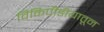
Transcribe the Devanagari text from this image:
विकिपीडीयातून